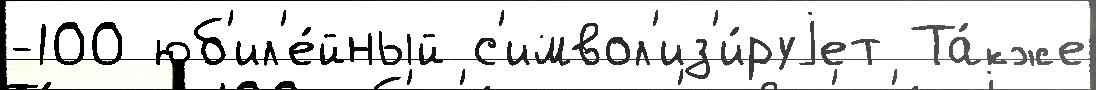
-100 юб'ил'е́йный с'имвол'из'и́руjет Та́кже